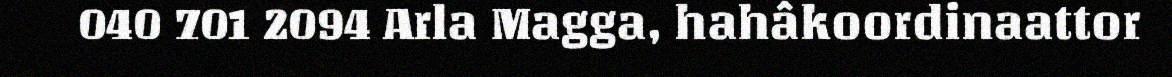
040 701 2094 Arla Magga, hahâkoordinaattor